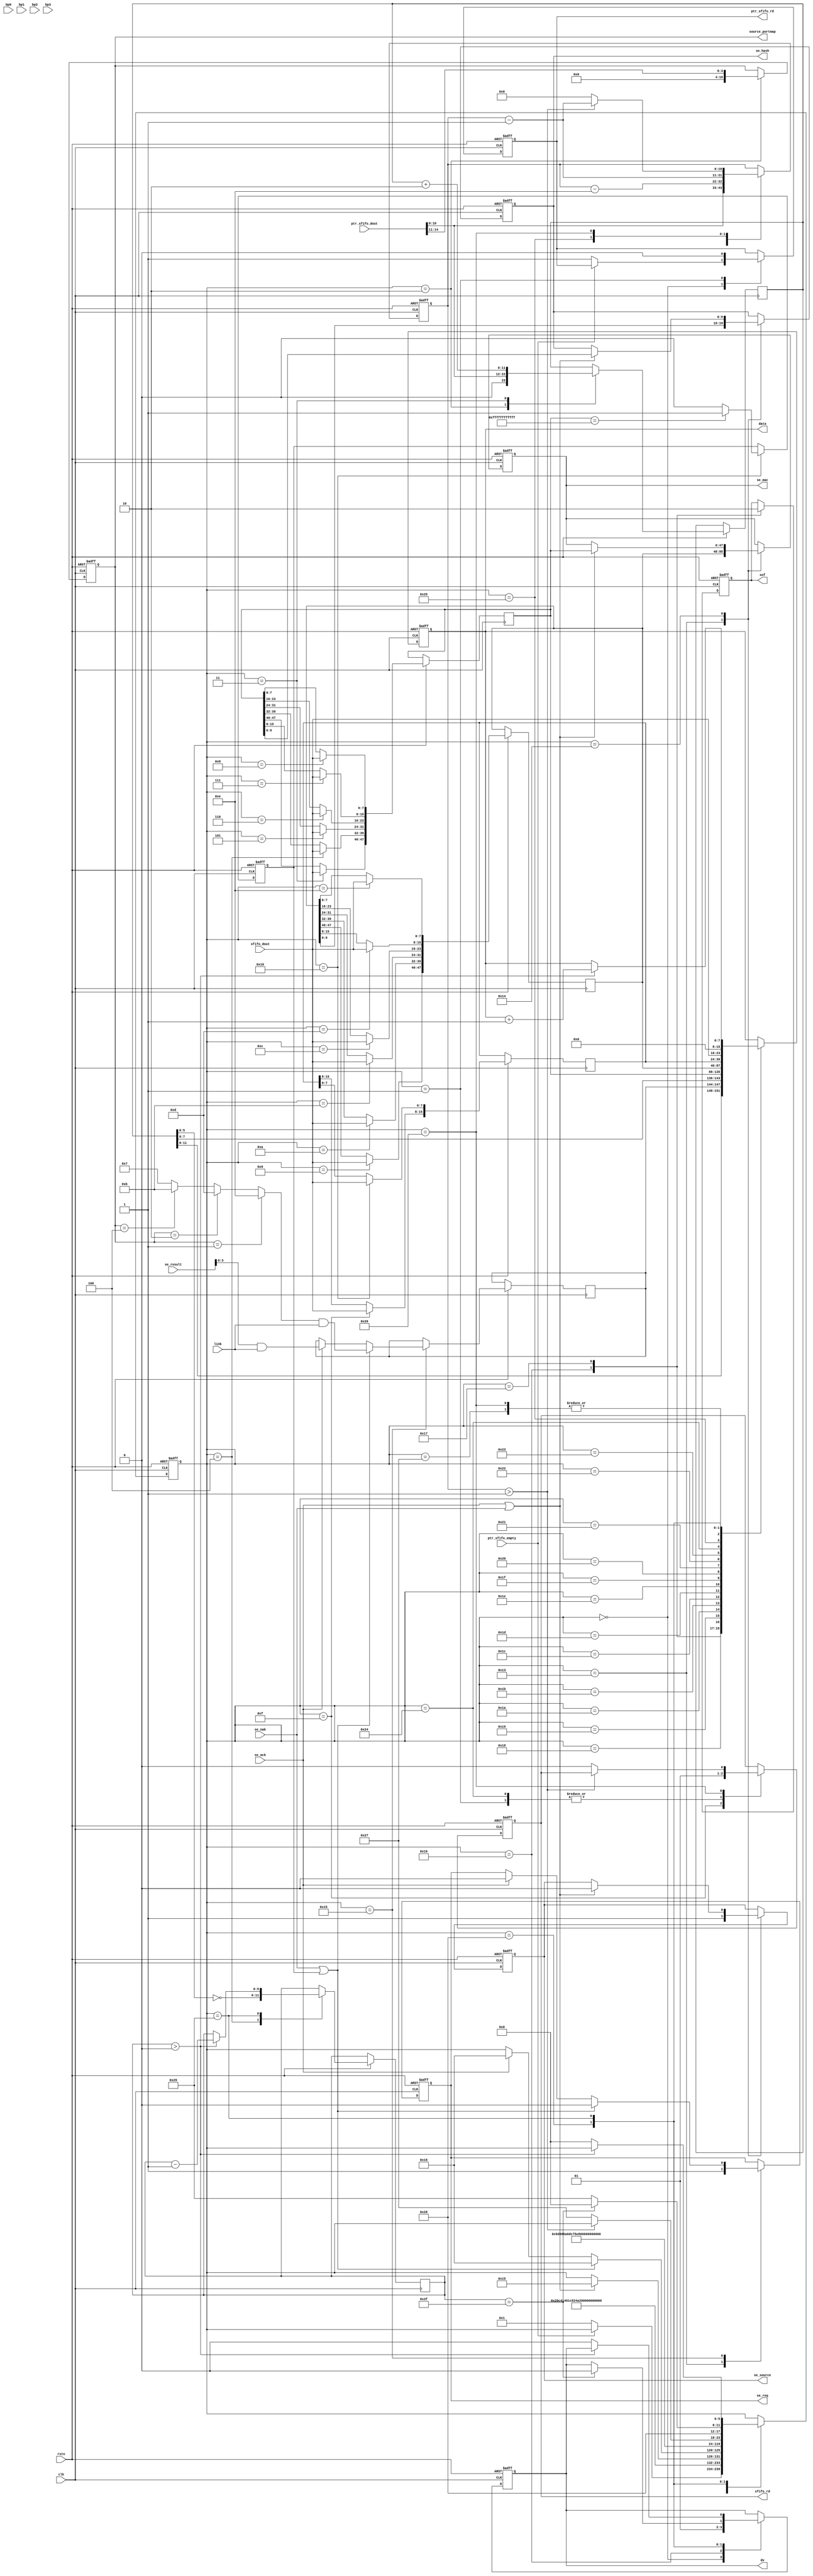
`timescale 1ns / 1ps
module frame_process(
input                	clk,
input                   rstn,
output  reg             sfifo_rd,
input        [7:0]      sfifo_dout,
output  reg             ptr_sfifo_rd,
input        [15:0]     ptr_sfifo_dout,
input                   ptr_sfifo_empty,

output  reg  [47:0]     se_mac,
output  reg  [15:0]     source_portmap,
output  reg  [9:0]      se_hash,
output  reg             se_source,
output  reg             se_req,
input                   se_ack,
input                   se_nak,
input        [15:0]     se_result,
input        [3:0]      link,                    

input                   bp0,
input                   bp1,
input                   bp2,
input                   bp3,
output  reg             sof,
output  reg             dv,
output  reg  [7:0]      data    
);
reg     [47:0]     source_mac;
reg     [47:0]     desti_mac;
reg     [15:0]     length_type; 
reg     [5:0]      state;
reg     [10:0]     cnt;
reg     [3:0]      egress_portmap;
reg     [11:0]     length;
reg     [5:0]      pad_cnt;
reg				   broadcast;
always@(posedge clk or negedge rstn)begin
    if(!rstn)begin
        sfifo_rd<=#2 0;
        ptr_sfifo_rd<=#2 0;
        se_mac<=#2 0;
        se_hash<=#2 0;
        se_req<=#2 0;
        source_portmap<=#2 0;
        sof<=#2 0;
        dv<=#2 0;
        data<=#2 0;
        state<=#2 0;
        cnt<=#2 0;
		se_source<=#2 0;
		broadcast<=#2 0;
        end
    else  begin
        case(state)
        0:begin
            dv<=#2 0;
            if(!ptr_sfifo_empty)begin
                ptr_sfifo_rd<=#2 1;   	
                state<=#2 1;         	
                end
            end
        1:begin
            ptr_sfifo_rd<=#2 0;
            sfifo_rd<=#2 1;	
            state<=#2 2;
            end
        2:begin
            cnt<=#2 ptr_sfifo_dout[10:0];						
            length<=#2 {1'b0,ptr_sfifo_dout[10:0]};				
            source_portmap<=#2 {12'b0,ptr_sfifo_dout[14:11]};	
            state<=#2 3;
            end
        3:begin
			length<=#2 length+2;	
			desti_mac[47:40]<=#2 sfifo_dout[7:0];
            state<=#2 4;
            end
        4:begin
			pad_cnt<=#2 ~length[5:0];	
			desti_mac[39:32]<=#2 sfifo_dout[7:0];
            state<=#2 5;
            end
        5:begin
            desti_mac[31:24]<=#2 sfifo_dout[7:0];
            state<=#2 6;
            end
        6:begin
            desti_mac[23:16]<=#2 sfifo_dout[7:0];
            state<=#2 7;
            end
        7:begin
            desti_mac[15:8]<=#2 sfifo_dout[7:0];
            state<=#2 8;
            end
        8:begin
            desti_mac[7:0]<=#2 sfifo_dout[7:0];
            state<=#2 9;
            end
        9:begin
            source_mac[47:40]<=#2 sfifo_dout[7:0];
            state<=#2 10;
            end
        10:begin
            source_mac[39:32]<=#2 sfifo_dout[7:0];
            state<=#2 11;
            end
        11:begin
            source_mac[31:24]<=#2 sfifo_dout[7:0];
            state<=#2 12;
            end
        12:begin
            source_mac[23:16]<=#2 sfifo_dout[7:0];
            state<=#2 13;
            end
        13:begin
            source_mac[15:8]<=#2 sfifo_dout[7:0];
            state<=#2 14;
            end
        14:begin
            source_mac[7:0]<=#2 sfifo_dout[7:0];
            state<=#2 15;
            end
        15:begin
            length_type[15:8]<=#2 sfifo_dout[7:0];
            sfifo_rd<=#2 0;
            state<=#2 16;
            end
        16:begin
            length_type[7:0]<=#2 sfifo_dout[7:0];
            cnt<=#2 cnt-14;
			if(desti_mac==48'hff_ff_ff_ff_ff_ff) broadcast<=#2 1;
			else broadcast<=#2 0;
            state<=#2 19;
            end
        19:begin
            se_source<=#2 1;
            se_mac<=#2 source_mac;
            se_hash<=#2 source_mac[9:0];
            se_req<=#2 1;
            state<=#2 20;
            end
        20:begin
            if(se_ack|se_nak)begin
                se_source<=#2 0;
                se_hash<=#2 desti_mac[9:0];
                se_mac<=#2 desti_mac;
                state<=#2 21;
                end
            end
        21:begin
            if(se_ack)begin
                se_req<=#2 0;
                state<=#2 22;
                egress_portmap<=#2 se_result[3:0]&link;
                end
            if(se_nak | broadcast)begin
                se_req<=#2 0;
                state<=#2 22;
                egress_portmap<=#2 ((source_portmap==15'd1)?4'b1110:
                                (source_portmap==15'd2)?4'b1101:
                                (source_portmap==15'd4)?4'b1011:4'b0111)&link;
                end
            end
        22:begin
            data<=#2 {length[11:8],egress_portmap[3:0]};  
            dv<=#2 1;
            sof<=#2 1;  
            state<=#2 23;
            end
        23:begin
            data<=#2 length[7:0];
            state<=#2 24;
            sof<=#2 0;
            end
        24:begin
            data<=#2 desti_mac[47:40];
            state<=#2 25;
            end
        25:begin
            data<=#2 desti_mac[39:32];
            state<=#2 26;
            end
        26:begin
            data<=#2 desti_mac[31:24];
            state<=#2 27;
            end
        27:begin
            data<=#2 desti_mac[23:16];
            state<=#2 28;
            end
        28:begin
            data<=#2 desti_mac[15:8];
            state<=#2 29; 
            end
        29:begin
            data<=#2 desti_mac[7:0];
            state<=#2 30;
            end
        30:begin
            data<=#2 source_mac[47:40];
            state<=#2 31;
            end
        31:begin
            data<=#2 source_mac[39:32];
            state<=#2 32;
            end 
        32:begin
            data<=#2 source_mac[31:24];
            state<=#2 33;
            end
        33:begin
            data<=#2 source_mac[23:16];
            state<=#2 34;
            end
        34:begin
            data<=#2 source_mac[15:8];
            state<=#2 35;
            end
        35:begin
            data<=#2 source_mac[7:0];
            state<=#2 36;
            end
        36:begin
            data<=#2 length_type[15:8];
            state<=#2 37;
            sfifo_rd<=#2 1;
            end
        37:begin
            data<=#2 length_type[7:0];
            cnt<=#2 cnt-1;
            state<=#2 38;
            end
        38:begin
            data<=#2 sfifo_dout;
            if(cnt>1) cnt<=#2 cnt-1;
            else begin
                cnt<=#2 0;
                sfifo_rd<=#2 0;
                state<=#2 39;
                end
            end
        39: begin
            data<=#2 sfifo_dout;
			state<=#2 40;
			end
		40:begin
            data<=#2 0;
            if(pad_cnt==6'd63)begin
				dv<=#2 0;
				state<=#2 0;
				end
			else begin
                data<=#2 0;
				state<=#2 41;
                end
            end
		41:begin
			if(pad_cnt>0) begin
				data<=#2 data+1;
				pad_cnt<=#2 pad_cnt-1;
				end
			else begin
				dv<=#2 0;
				state<=#2 0;
				end
			end
        endcase
        end
    end

endmodule